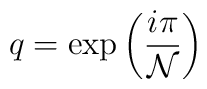
q=\mbox{exp}\left(\frac{i\pi}{{\cal N}}\right)